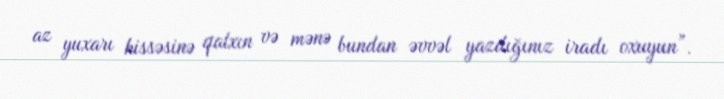
az yuxarı hissəsinə qalxın və mənə bundan əvvəl yazdığınız iradı oxuyun”.